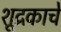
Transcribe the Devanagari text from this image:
शूद्रकाचे